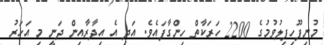
މުނިފޫހިފިލުވުމުގެ 2200 ހަރަކާތް ހިންގާފައެވެ. އަދި އެ އިދާރާއިން ދަނީ މި އަހަރު